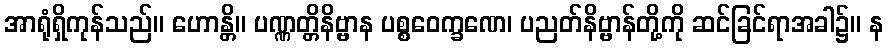
အာရုံရှိကုန်သည်။ ဟောန္တိ။ ပဏ္ဏတ္တိနိဗ္ဗာန ပစ္စဝေက္ခဏေ၊ ပညတ်နိဗ္ဗာန်တို့ကို ဆင်ခြင်ရာအခါ၌။ န